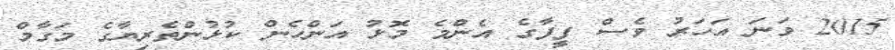
2015 ވަނަ އަހަރު ވެސް ފީފާގެ އެންމެ މޮޅު އަންހެން ކުޅުންތެރިޔާގެ މަގާމް